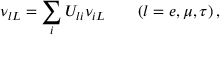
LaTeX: \nu _ { l L } = \sum _ { i } U _ { l i } \nu _ { i L } \qquad ( l = e , \mu , \tau ) \, ,